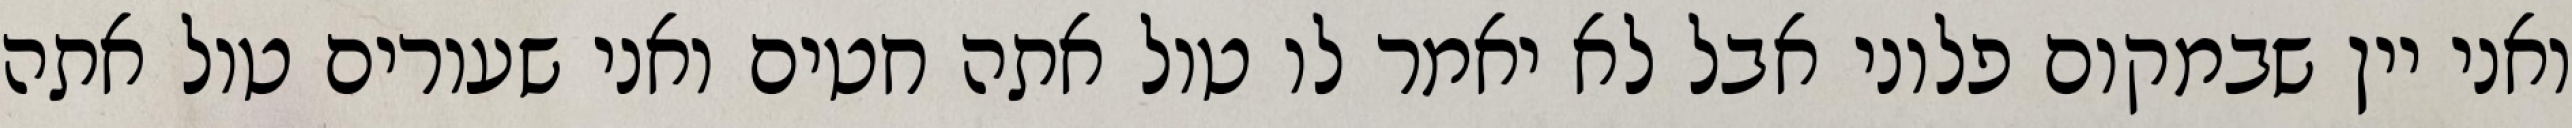
ואני יין שבמקום פלוני אבל לא יאמר לו טול אתה חטים ואני שעורים טול אתה